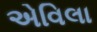
એવિલા